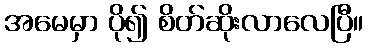
အမေမှာ ပို၍ စိတ်ဆိုးလာလေပြီ။